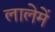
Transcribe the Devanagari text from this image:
लालेमें